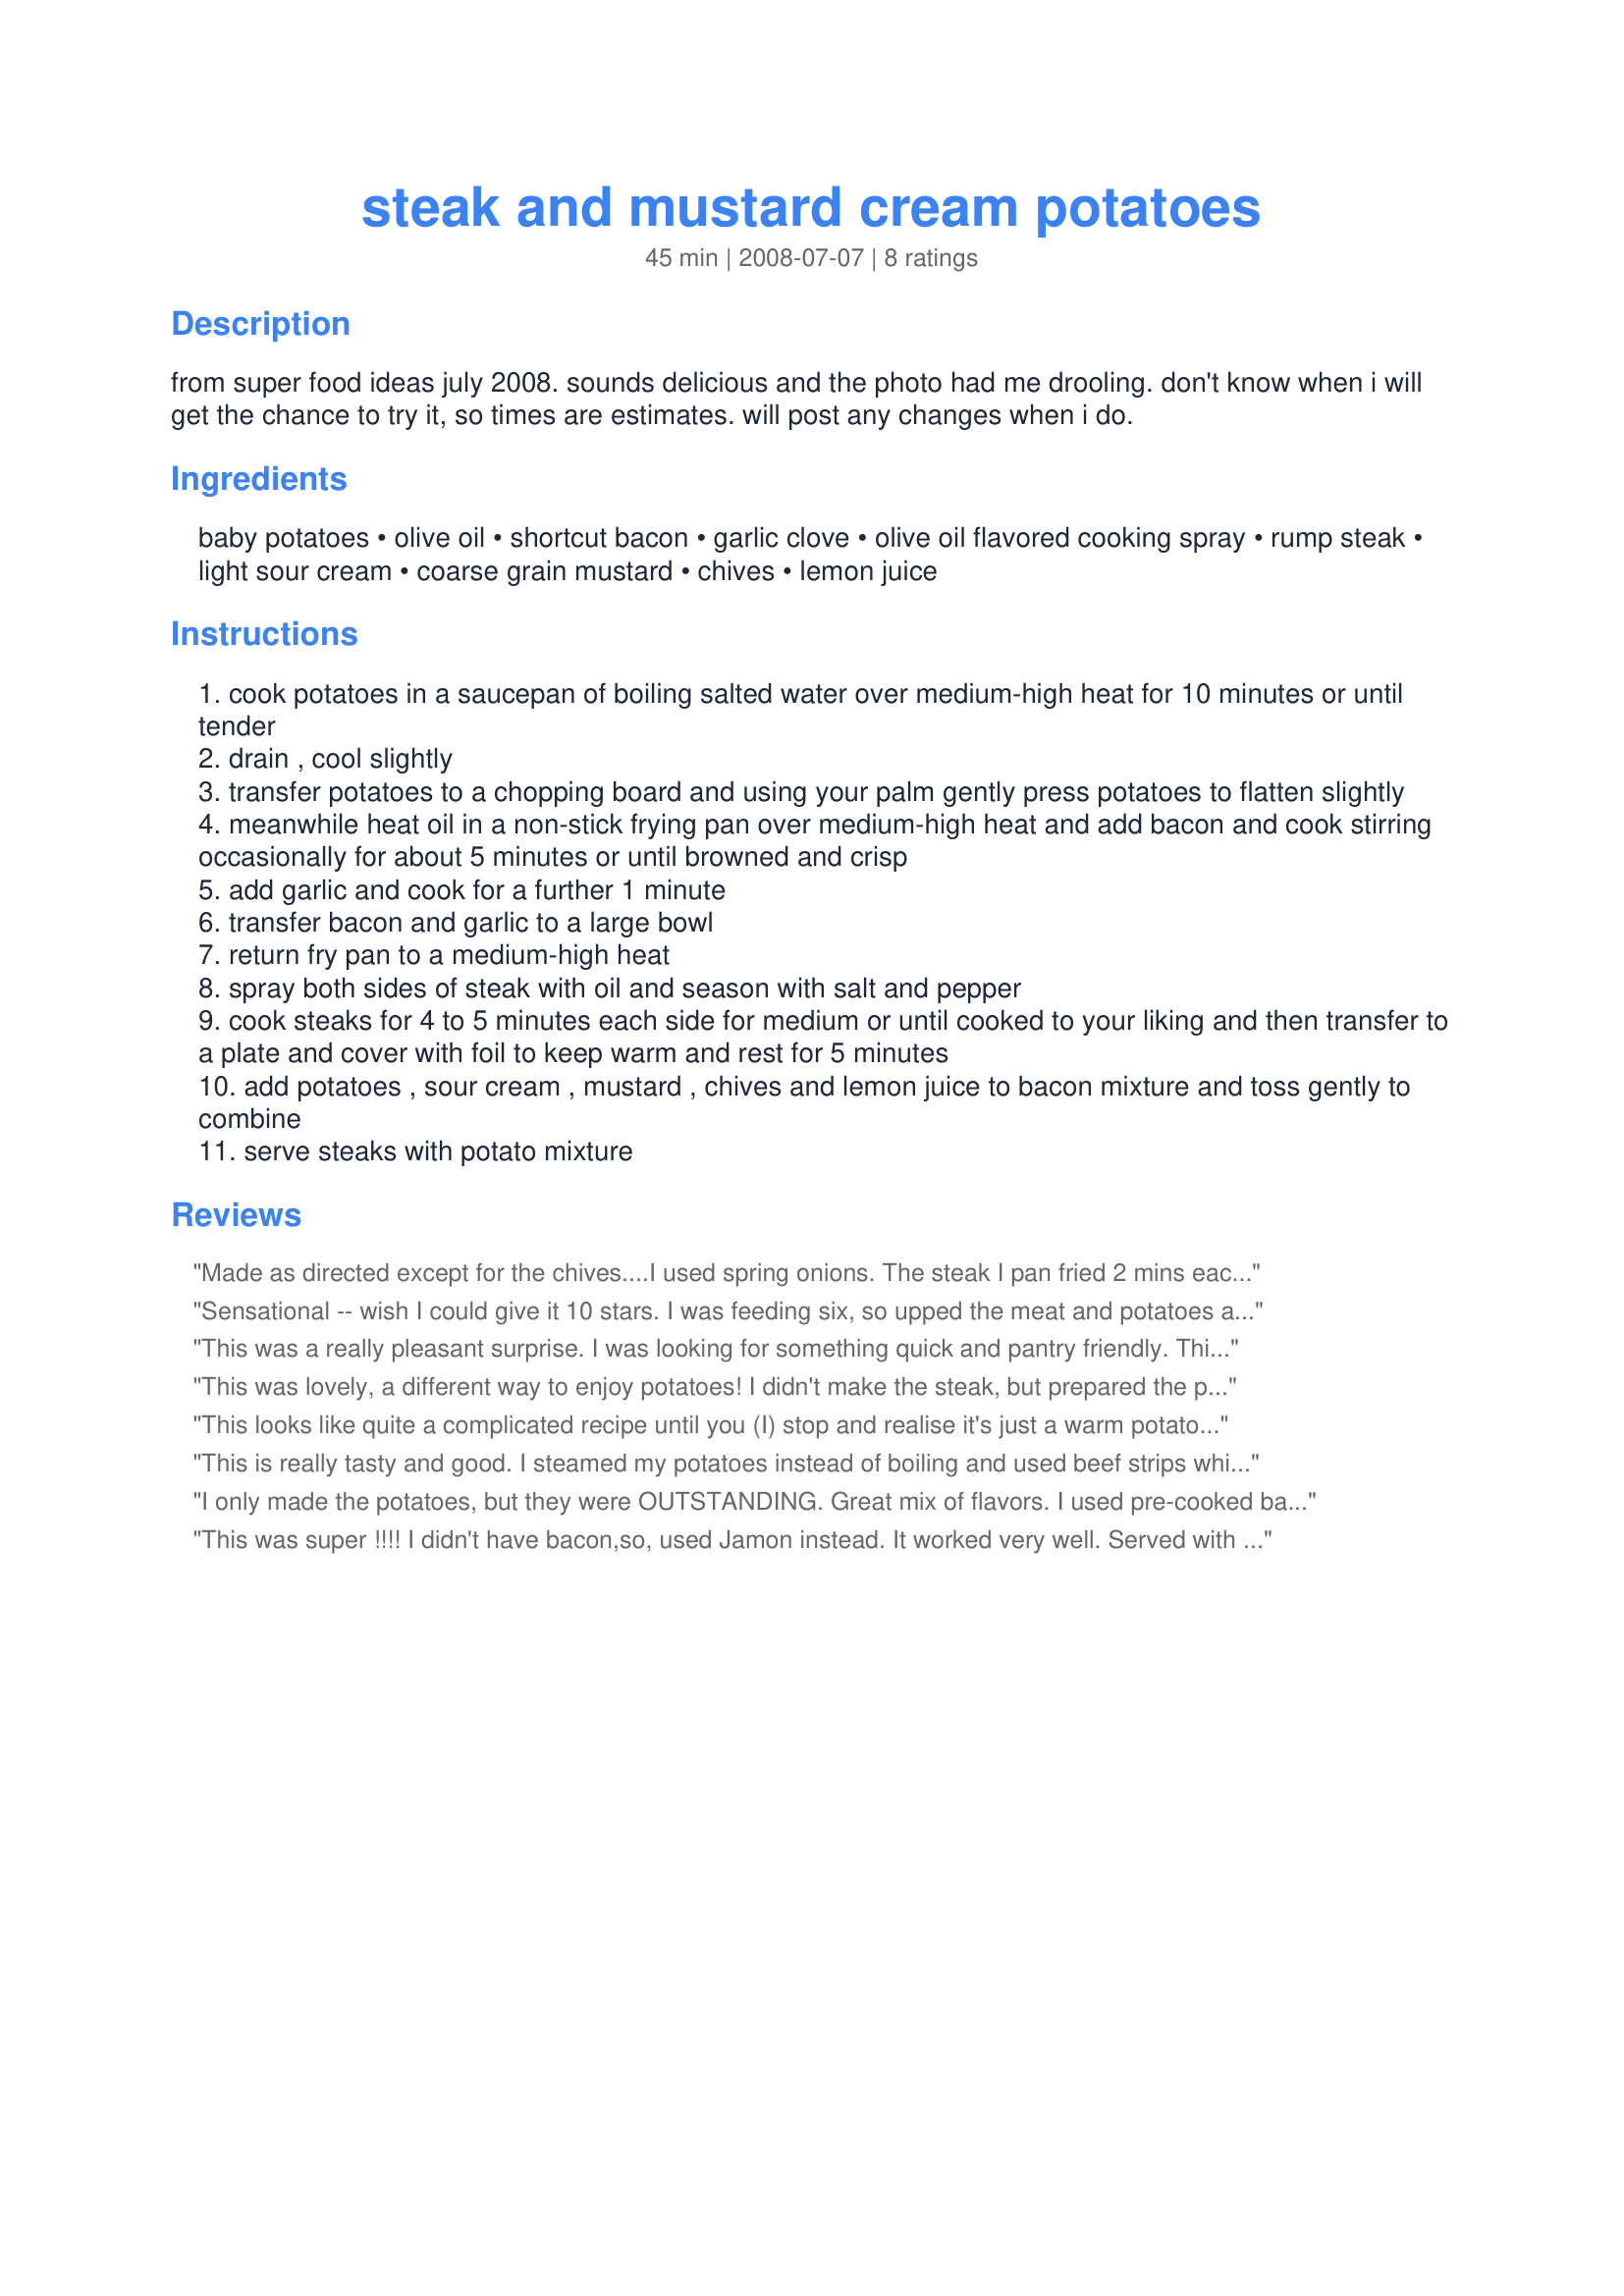
steak and mustard cream potatoes
Preparation time: 45 minutes

from super food ideas july 2008. sounds delicious and the photo had me drooling. don't know when i will get the chance to try it, so times are estimates. will post any changes when i do.

Ingredients:
baby potatoes, olive oil, shortcut bacon, garlic clove, olive oil flavored cooking spray, rump steak, light sour cream, coarse grain mustard, chives, lemon juice

Steps:
cook potatoes in a saucepan of boiling salted water over medium-high heat for 10 minutes or until tender
drain , cool slightly
transfer potatoes to a chopping board and using your palm gently press potatoes to flatten slightly
meanwhile heat oil in a non-stick frying pan over medium-high heat and add bacon and cook stirring occasionally for about 5 minutes or until browned and crisp
add garlic and cook for a further 1 minute
transfer bacon and garlic to a large bowl
return fry pan to a medium-high heat
spray both sides of steak with oil and season with salt and pepper
cook steaks for 4 to 5 minutes each side for medium or until cooked to your liking and then transfer to a plate and cover with foil to keep warm and rest for 5 minutes
add potatoes , sour cream , mustard , chives and lemon juice to bacon mixture and toss gently to combine
serve steaks with potato mixture

Reviews:
Made as directed except for the chives....I used spring onions. The steak I pan fried 2 mins each side then put pan in oven at 425'C for 8mins (med rare) then allowed to rest 2mins while dishing up salad. Served with a simple salad of cos lettuce & tomato wedges. A keeper for us. Made for Aus/NZ swap March 2009 :)
Sensational -- wish I could give it 10 stars. I was feeding six, so upped the meat and potatoes accordingly. We love sauce, so I tripled the bacon and sour cream mixture. This was so easy to make and so delicious. I forgot the garlic, but that didn't matter one bit. The exchange students want it again soon. Me, too! Really divine.
This was a really pleasant surprise. I was looking for something quick and pantry friendly. This fit the bill and then some. Thanks!
This was lovely, a different way to enjoy potatoes! I didn't make the steak, but prepared the potatoes to accompany pies and vegetables for a midweek supper. I didn't have chives, so fried an onion along with the bacon mixture, we like onions!
I also doubled the sauce ingredients, since we enjoy a lot of sauce. Very easy to do, we'll definitely be having this more often! I had just a little leftover, which I had for lunch today, delicious!
Thanks, Pat!
This looks like quite a complicated recipe until you (I) stop and realise it's just a warm potato salad that is great served with a steak. I had no chives so used spring (green) onions and I used rib eye cooked to suit us. I would do away with the directions to cook the steak and "sell" this as a GREAT warm potato salad.
This is really tasty and good. I steamed my potatoes instead of boiling and used beef strips which I had marinated instead of steak. In step 10 I mixed all the sauce ingredients together and once combined then added the sauce to the potatoes. To top it all off I sprinkled some green onions over the top. The bacon is fabulous in this. Will definitely be making potatoes this way again soon. Thanks Pat.
I only made the potatoes, but they were OUTSTANDING. Great mix of flavors. I used pre-cooked bacon pieces which made the dish come together in a flash. THANKS. Made for MAKE MY RECIPE.
This was super !!!! I didn't have bacon,so, used Jamon instead. It worked very well. Served with steak garnished with fried sliced mushrooms and a cream and soy sauce salsa. I'll be cooking this again. Thanks for the recipe Pat.
